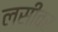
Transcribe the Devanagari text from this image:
लसींवर